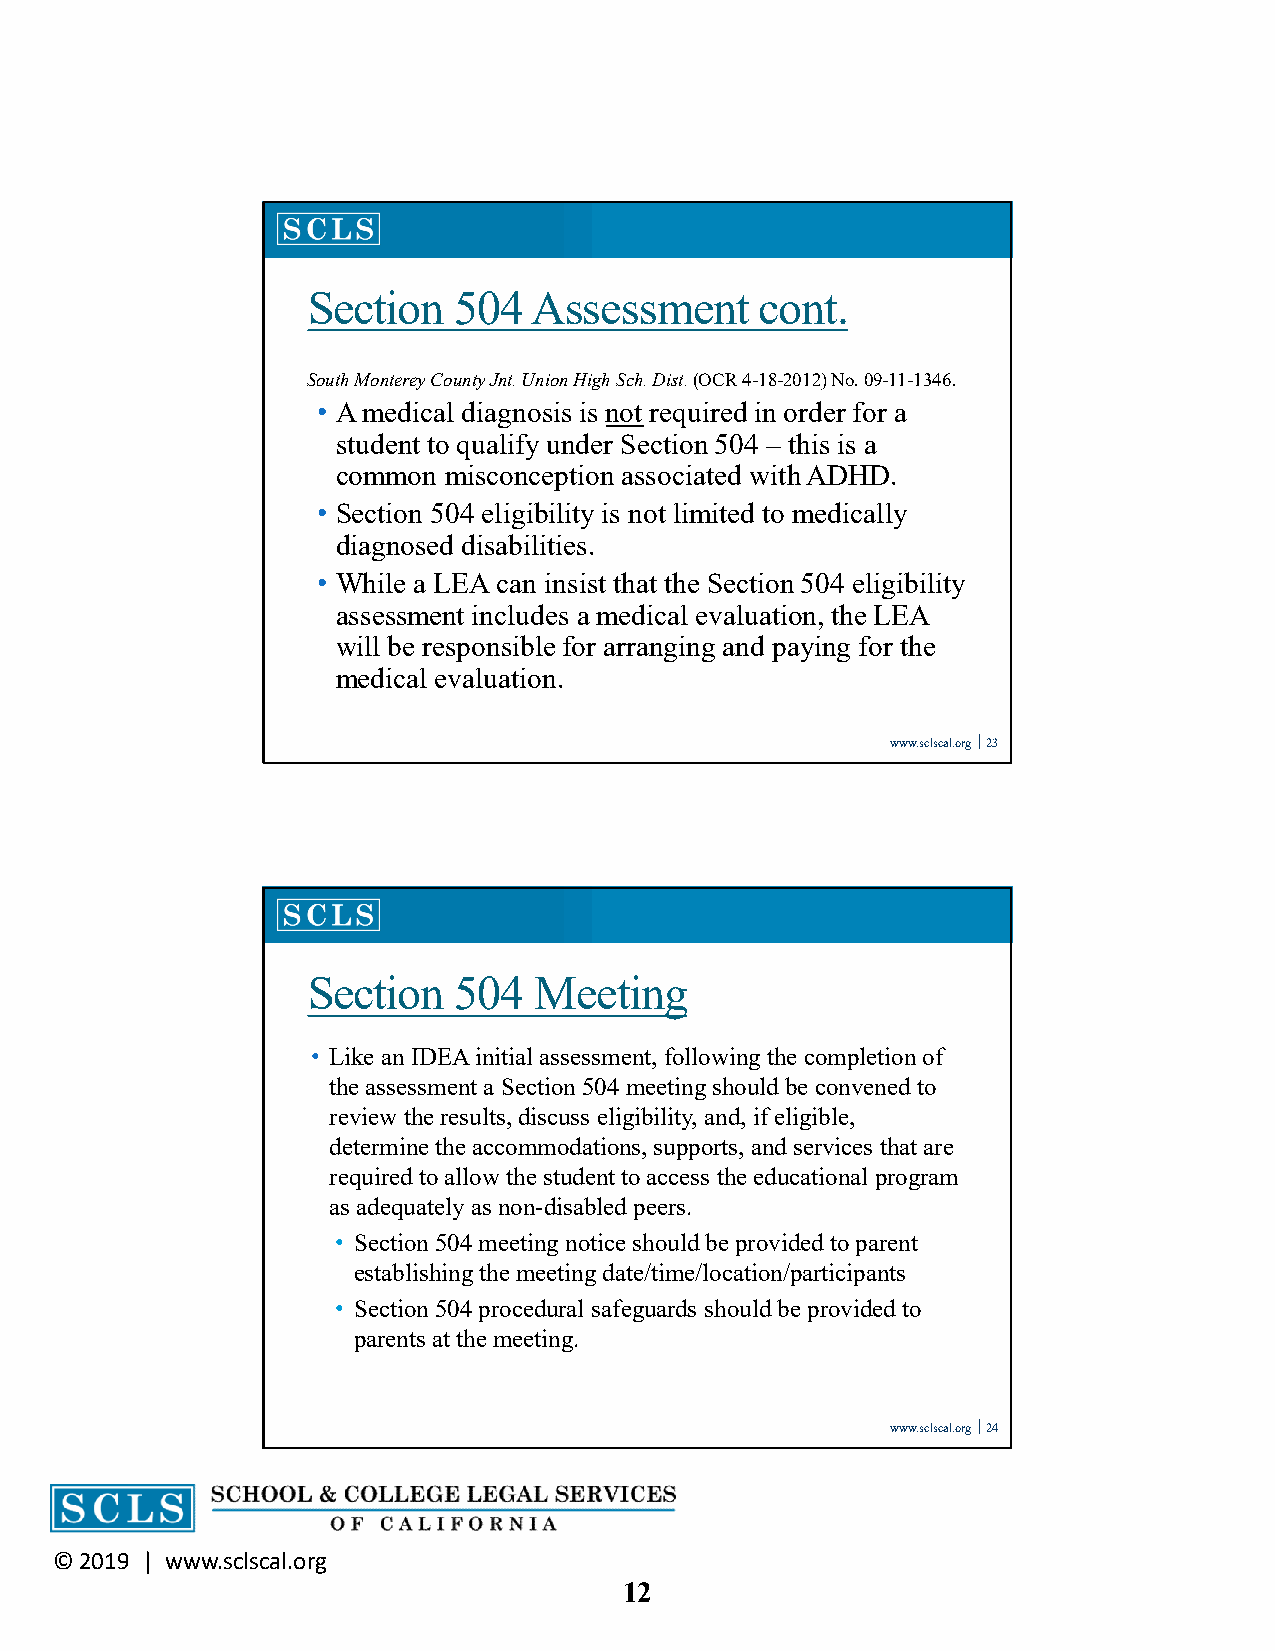
Section   504  Assessment     cont.
 South Monterey County Jnt. Union High Sch. Dist.(OCR 4-18-2012) No. 09-11-1346.
 • A medical diagnosis is not required in order for a
 student to qualify under Section 504 – this is a
 common misconception associated with ADHD.
 • Section 504 eligibility is not limited to medically
 diagnosed disabilities.
 • While a LEA can insist that the Section 504 eligibility
 assessment includes a medical evaluation, the LEA
 will be responsible for arranging and paying for the
 medical evaluation.
 www.sclscal.org 23
 Section   504  Meeting
 • Like an IDEA initial assessment, following the completion of
 the assessment a Section 504 meeting should be convened to
 review the results, discuss eligibility, and, if eligible,
 determine the accommodations, supports, and services that are
 required to allow the student to access the educational program
 as adequately as non-disabled peers.
 • Section 504 meeting notice should be provided to parent
 establishing the meeting date/time/location/participants
 • Section 504 procedural safeguards should be provided to
 parents at the meeting.
 www.sclscal.org 24
 © 2019 | www.sclscal.org
 12